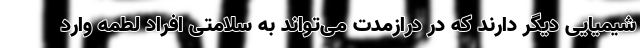
شیمیایی دیگر دارند که در درازمدت می‌تواند به سلامتی افراد لطمه وارد